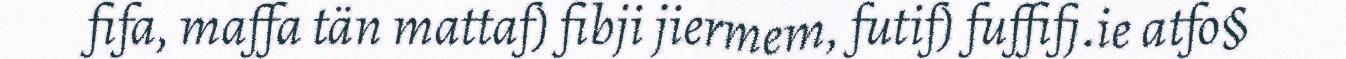
fifa, maffa tän mattaf) fibji jiermem, futif) fuffifj.ie atfo§